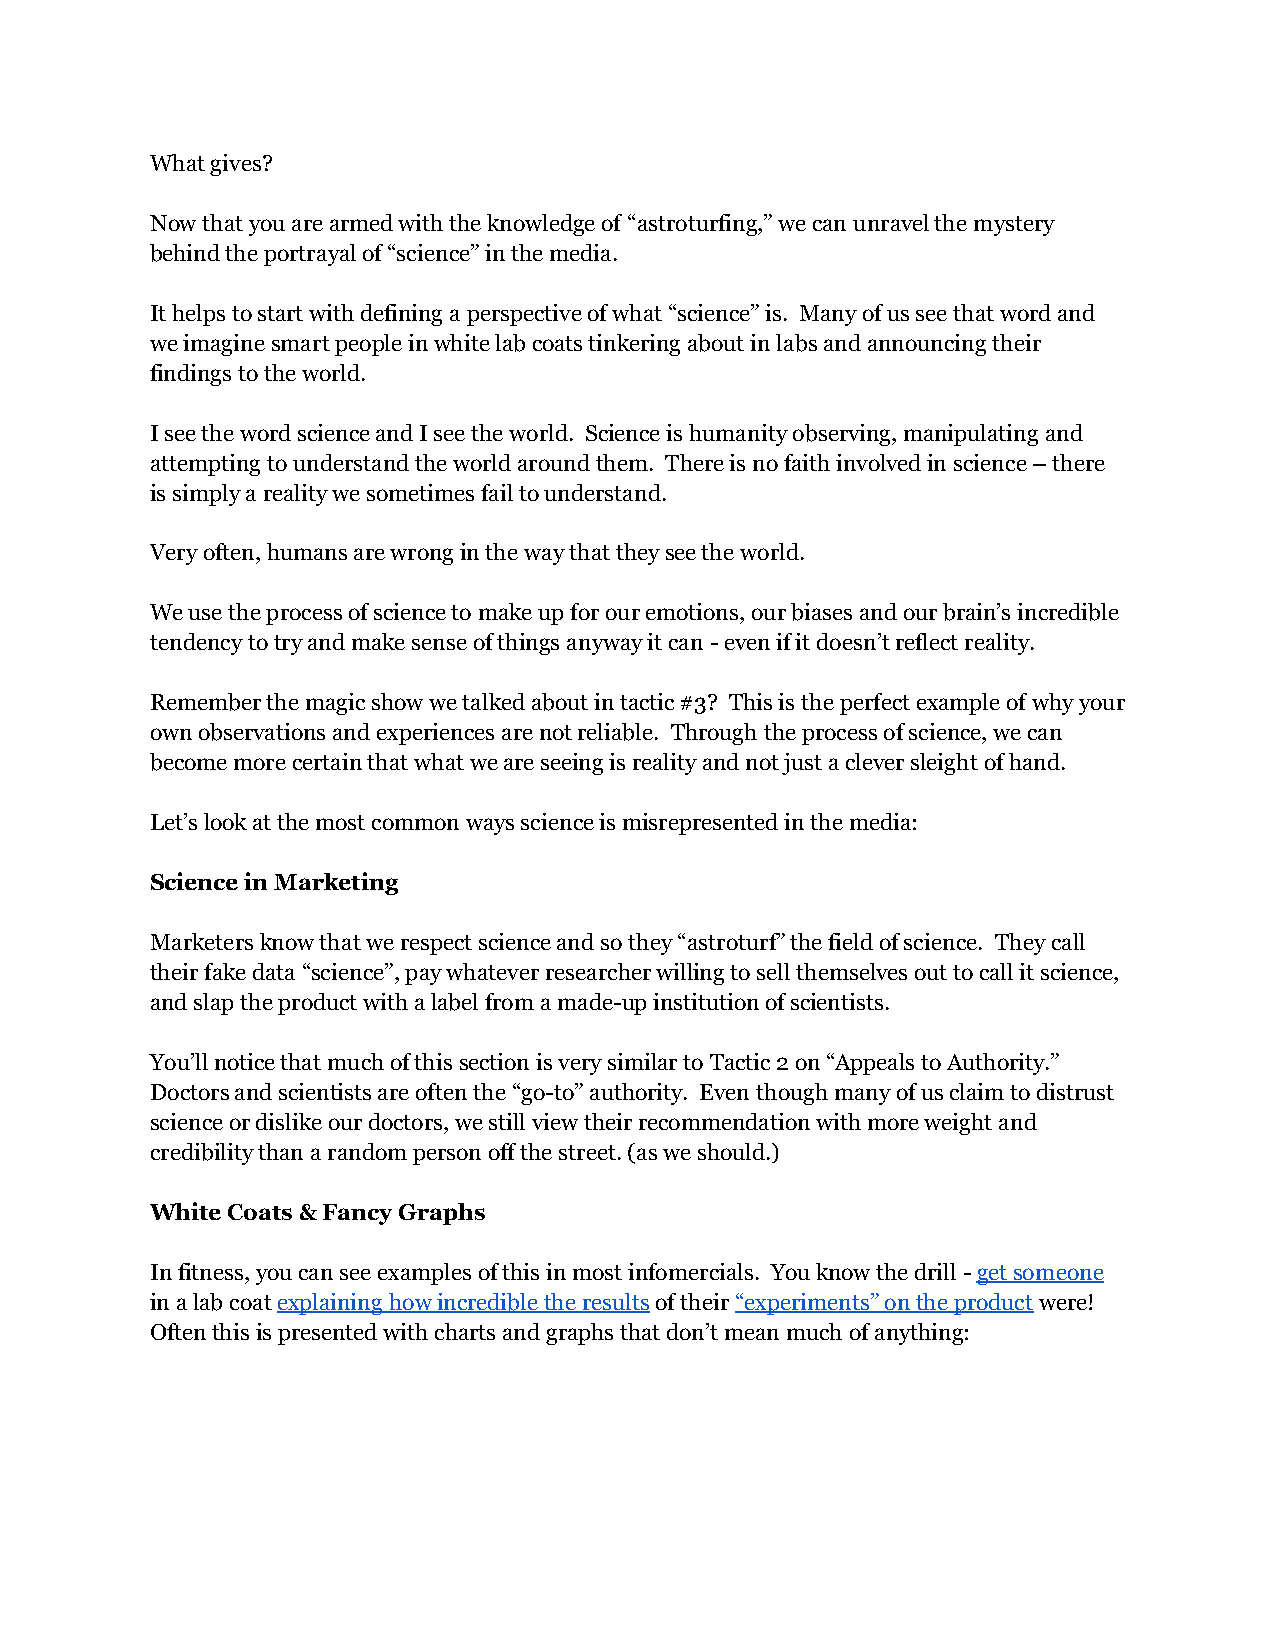
What gives?
 Now that you are armed with the knowledge of “astroturfing,” we can unravel the mystery
 behind the portrayal of “science” in the media.
 It helps to start with defining a perspective of what “science” is. Many of us see that word and
 we imagine smart people in white lab coats tinkering about in labs and announcing their
 findings to the world.
 I see the word science and I see the world. Science is humanity observing, manipulating and
 attempting to understand the world around them. There is no faith involved in science – there
 is simply a reality we sometimes fail to understand.
 Very often, humans are wrong in the way that they see the world.
 We use the process of science to make up for our emotions, our biases and our brain’s incredible
 tendency to try and make sense of things anyway it can - even if it doesn’t reflect reality.
 Remember the magic show we talked about in tactic #3? This is the perfect example of why your
 own observations and experiences are not reliable. Through the process of science, we can
 become more certain that what we are seeing is reality and not just a clever sleight of hand.
 Let’s look at the most common ways science is misrepresented in the media:
 Science in Marketing
 Marketers know that we respect science and so they “astroturf” the field of science. They call
 their fake data “science”, pay whatever researcher willing to sell themselves out to call it science,
 and slap the product with a label from a made-up institution of scientists.
 You’ll notice that much of this section is very similar to Tactic 2 on “Appeals to Authority.”
 Doctors and scientists are often the “go-to” authority. Even though many of us claim to distrust
 science or dislike our doctors, we still view their recommendation with more weight and
 credibility than a random person off the street. (as we should.)
 White Coats & Fancy Graphs
 In fitness, you can see examples of this in most infomercials. You know the drill - get someone
 in a lab coat explaining how incredible the results of their “experiments” on the product were!
 Often this is presented with charts and graphs that don’t mean much of anything: